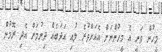
މީހުން ވަނީ އެ މީހުންނަށް އެއަށްވުރެ ލުއި އަދަބެއް ދިނުމަށް އެދި ރޮމުން